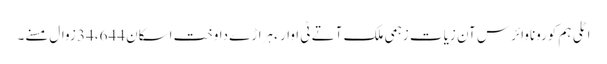
اٹلی ہم کوروناوائرس آن زیات زہمی ملک آتے ٹی اوار ءِ ہراڑے داوخت اسکان 34،644 زوال مسنے۔